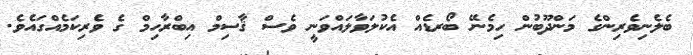
ބެލެނިވެރިންގެ މަންދޫބުން ހިމެނޭ ބޯރޑެއް އެކުލަވާލައްވަނީ ވެސް ޤާސިމް އިބްރާހިމް ގެ ވެރިކަމެއްގައެވެ.